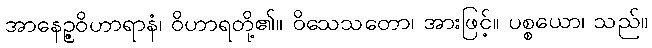
အာနေဉ္ဇဝိဟာရာနံ၊ ဝိဟာရတို့၏။ ဝိသေသတော၊ အားဖြင့်။ ပစ္စယော၊ သည်။